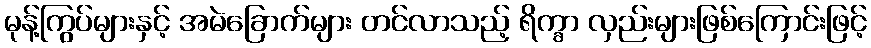
မုန့်ကြွပ်များနှင့် အမဲခြောက်များ တင်လာသည့် ရိက္ခာ လှည်းများဖြစ်ကြောင်းဖြင့်